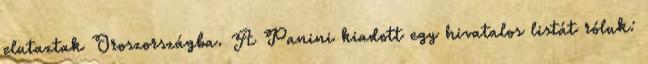
elutaztak Oroszországba. A Panini kiadott egy hivatalos listát róluk: